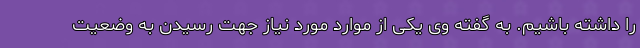
را داشته باشیم. به گفته وی یکی از موارد مورد نیاز جهت رسیدن به وضعیت